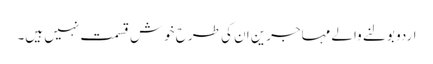
اردو بولنے والے مہاجرین ان کی طرح خوش قسمت نہیں ہیں۔